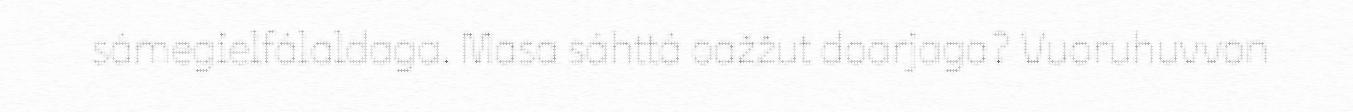
sámegielfálaldaga. Masa sáhttá oažžut doarjaga? Vuoruhuvvon